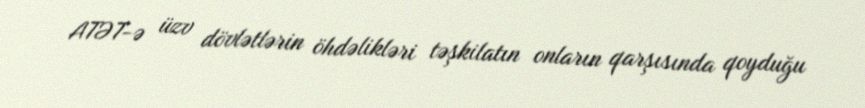
ATƏT-ə üzv dövlətlərin öhdəlikləri təşkilatın onların qarşısında qoyduğu